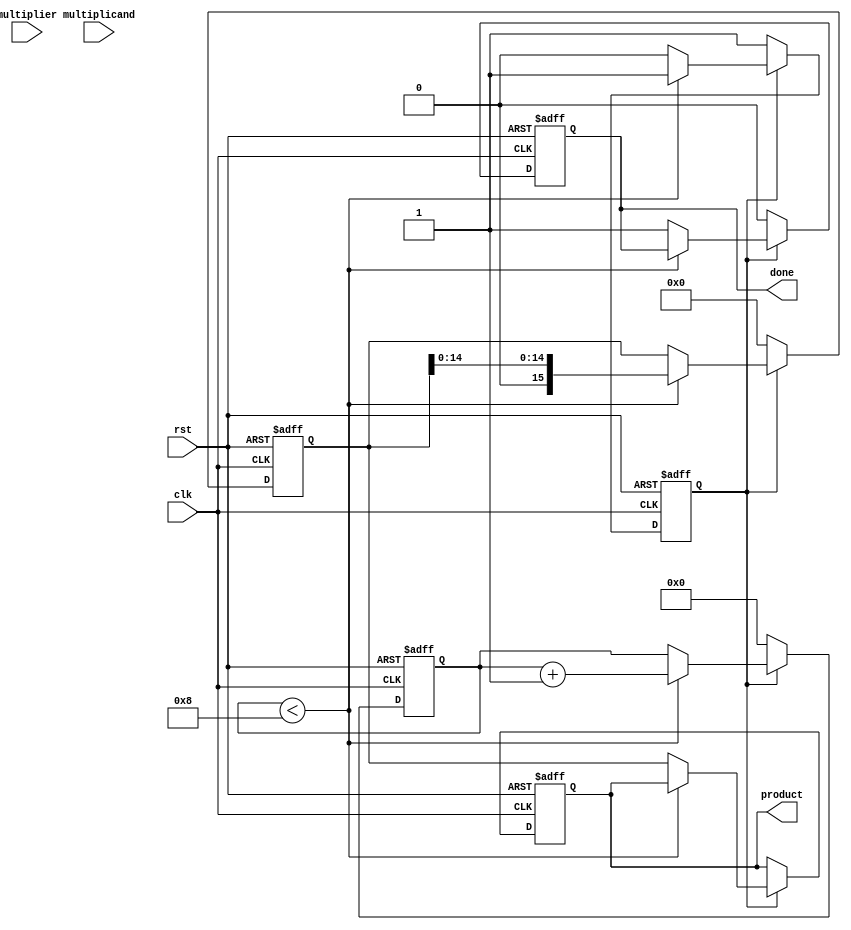
module modified_booth_multiplier #(parameter N = 8) (
    input  wire          clk,
    input  wire          rst,
    input  wire  [N-1:0] multiplicand,
    input  wire  [N-1:0] multiplier,
    output reg [2*N-1:0] product,
    output reg          done
);

    reg [N-1:0] M;          // Multiplicand
    reg [N-1:0] Q;          // Multiplier
    reg [N-1:0] Qn;         // Previous Q bit
    reg [2*N-1:0] A;        // Accumulator
    reg [3:0] count;        // Count for N bits
    reg state;              // 0: Idle, 1: Busy

    always @(posedge clk or posedge rst) begin
        if (rst) begin
            product <= 0;
            done <= 0;
            state <= 0;
            count <= 0;
            A <= 0;
            M <= 0;
            Q <= 0;
            Qn <= 0;
        end else if (state == 0) begin
            // Load inputs
            M <= multiplicand;
            Q <= multiplier;
            Qn <= 0;  // Previous Q bit is 0
            A <= 0;   // Clear accumulator
            count <= 0;
            state <= 1; // Transition to busy
            done <= 0;  // Not done yet
        end else if (count < N) begin
            // Examine the last two bits of Q and Qn
            case ({Q[0], Qn})
                2'b00: begin
                    // No addition
                end
                2'b01: begin
                    // Add multiplicand
                    A <= A + {M, {N{1'b0}}}; // A + (M << N)
                end
                2'b10: begin
                    // Subtract multiplicand
                    A <= A - {M, {N{1'b0}}}; // A - (M << N)
                end
                2'b11: begin
                    // No addition (but shift)
                end
            endcase

            // Shift the accumulator and multiplier
            {A, Q} <= {A[2*N-2:0], Q}; // Shift right
            Qn <= Q[0]; // Update previous bit

            count <= count + 1; // Increment bit count
        end else begin
            // Done processing
            product <= A; // Store product from accumulator
            done <= 1;    // Set done flag
            state <= 0;   // Go back to idle state
        end
    end

endmodule